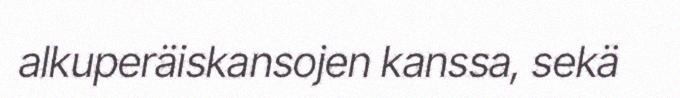
alkuperäiskansojen kanssa, sekä